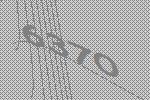
6370